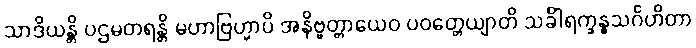
သာဒိယန္တိ ပဌမတရန္တိ မဟာဗြဟ္မာပိ အနိဗ္ဗတ္တာယေဝ ပဝတ္တေယျာတိ သင်္ခါရက္ခန္ဓသင်္ဂဟိတာ